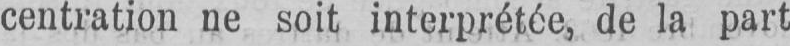
centration ne soit interprétée, de la part